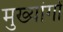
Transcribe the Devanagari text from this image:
मुख्यांगों